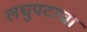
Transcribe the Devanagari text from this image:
लघुपटाचा